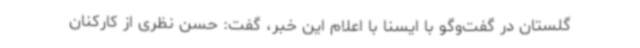
گلستان در گفت‌وگو با ایسنا با اعلام این خبر، گفت: حسن نظری از کارکنان